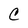
Character: C